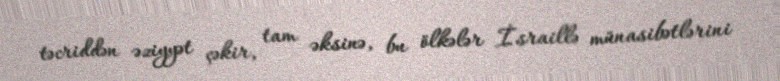
təcriddən əziyyət çəkir, tam əksinə, bu ölkələr İsraillə münasibətlərini